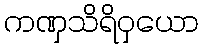
ကဏှသိရိဝှယော